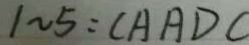
1 \sim 5 : C A A D C